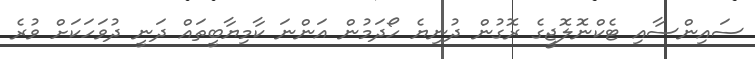
ސައިންސާއި ޓެކްނޮލޮޖީގެ ރޮގުން ދުނިޔެ ހޯދަމުން އަންނަ ކާމިޔާބީތައް ދަނީ ދުވަހަކަށް ވުރެ